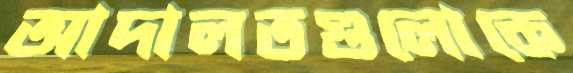
আদালতগুলোকে